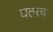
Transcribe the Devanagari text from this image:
घतत्व